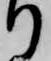
り